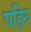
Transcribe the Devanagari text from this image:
पहिरु